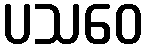
ပသဝေ